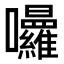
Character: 𭍒